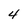
Character: 4